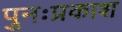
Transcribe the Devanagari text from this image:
पुनःप्रकाश